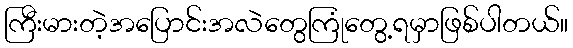
ကြီးမားတဲ့အပြောင်းအလဲတွေကြုံတွေ့ရမှာဖြစ်ပါတယ်။